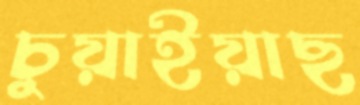
চুয়াইয়াছ